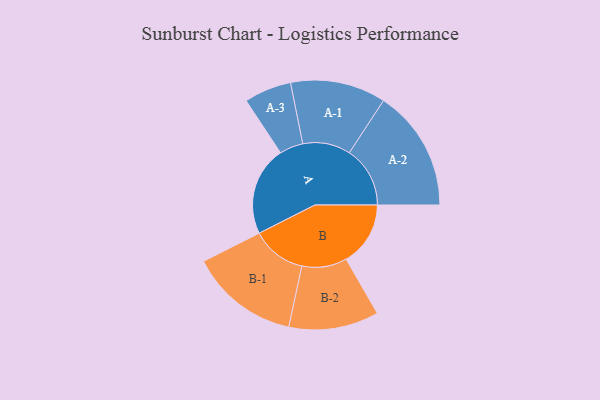
{"axis": {"x": "Segment", "y": "Value"}, "legend": ["", "A", "B"], "data": [{"x": "A", "y": 426, "type": ""}, {"x": "B", "y": 307, "type": ""}, {"x": "A-1", "y": 228, "type": "A"}, {"x": "A-2", "y": 290, "type": "A"}, {"x": "A-3", "y": 113, "type": "A"}, {"x": "B-1", "y": 261, "type": "B"}, {"x": "B-2", "y": 215, "type": "B"}]}